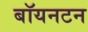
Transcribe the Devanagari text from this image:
बॉयनटन